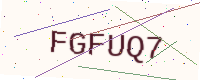
Text: FGFUQ7